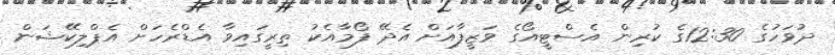
ދުވަހުގެ 12:30ގެ ކުރިން އެސްޓީއޯގެ ވަޒީފާއަށް އެދޭ ފޯމާއެކު ތިރީގައިވާ އެޑްރެހަށް އެޕްލިކޭޝަން